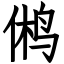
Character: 鸺